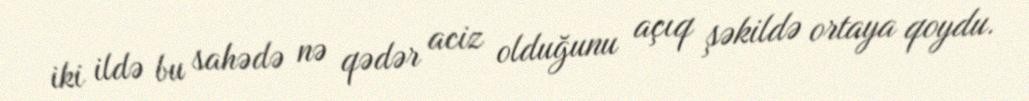
iki ildə bu sahədə nə qədər aciz olduğunu açıq şəkildə ortaya qoydu.